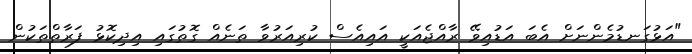
"އަޅުގަނޑުމެންނަށް އެބަ އަޑުއިވޭ ރާއްޖެއަކީ އައިއެސް ކުރިއަރުވާ ތަނެއް ގޮތުގައި އިދިކޮޅު ފަރާތްތަކުން